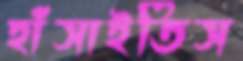
হাঁসাইতিস